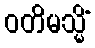
ဝတိမသ္မိံ